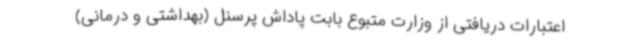
اعتبارات دریافتی از وزارت متبوع بابت پاداش پرسنل (بهداشتی و درمانی)